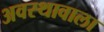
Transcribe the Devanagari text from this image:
अवस्थावाला